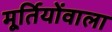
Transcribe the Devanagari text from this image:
मूर्तियोंवाला